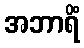
အဘာရိံ